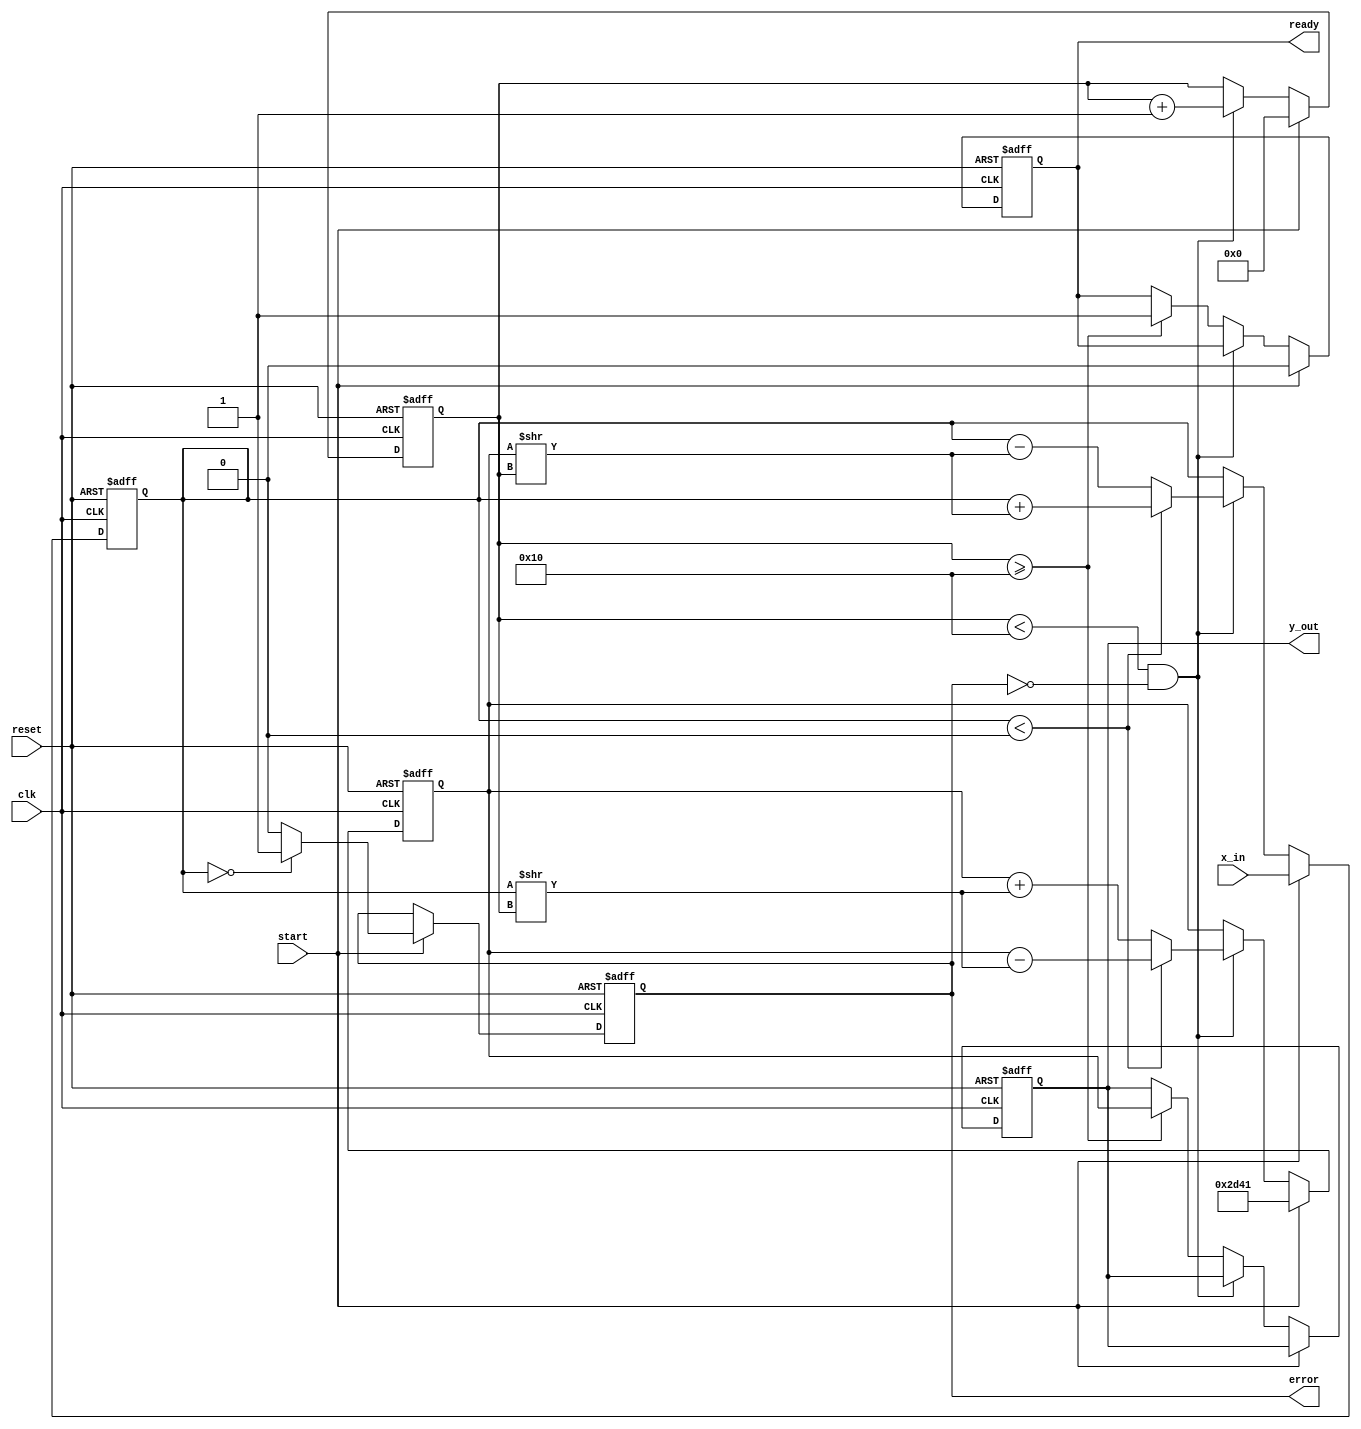
module cordic_reciprocal (
    input wire clk,                // Clock signal
    input wire reset,              // Reset signal
    input wire start,              // Start signal for operation
    input wire [15:0] x_in,        // Input value (fixed-point format)
    output reg [15:0] y_out,       // Resulting reciprocal (fixed-point format)
    output reg ready,              // Output valid signal
    output reg error               // Error signal
);

    // CORDIC parameters
    parameter N_ITER = 16;         // Number of iterations
    parameter [15:0] K = 16'h2D41;  // Constant for normalization (approx 0.607)
    reg [15:0] x, y;                // CORDIC internal variables
    reg [3:0] i;                    // Iteration counter
    reg [15:0] angle [0:N_ITER-1];  // Predefined angles
    reg [15:0] arctan_values [0:N_ITER-1]; // Precomputed arctan values

    initial begin
        // Precompute arctan values for CORDIC
        angle[0]  = 16'h0000; // arctan(1) = 0
        angle[1]  = 16'h20C9; // arctan(0.5) = 26.565 degrees
        angle[2]  = 16'h199A; // arctan(0.3333) = 18.434 degrees
        angle[3]  = 16'h13B4; // arctan(0.25) = 14.036 degrees
        angle[4]  = 16'h0F8D; // arctan(0.2) = 11.536 degrees
        angle[5]  = 16'h0FCC; // arctan(0.1666) = 9.462 degrees
        angle[6]  = 16'h0A3D; // arctan(0.1428) = 8.130 degrees
        angle[7]  = 16'h05A8; // arctan(0.125) = 7.125 degrees
        angle[8]  = 16'h0284; // arctan(0.1111) = 5.710 degrees
        // Continue defining for the required N_ITER
        // ...
        
        error = 0;
        ready = 0;
        y_out = 0;
    end

    always @(posedge clk or posedge reset) begin
        if (reset) begin
            x <= 0;
            y <= 0;
            i <= 0;
            ready <= 0;
            error <= 0;
            y_out <= 0;
        end else if (start) begin
            // Initialize x and y for CORDIC calculations
            x <= x_in;  // Input value (normalized in [0, 1])
            y <= K;     // Initial guess, should be normalized; K is the constant
            i <= 0;
            ready <= 0;
            error <= (x == 0) ? 1 : 0; // Check for division by zero
        end else if (i < N_ITER && !error) begin
            // Perform CORDIC iterations
            if (x < 0) begin
                x <= x + (y >> i);
                y <= y - (x >> i);
            end else begin
                x <= x - (y >> i);
                y <= y + (x >> i);
            end
            i <= i + 1;
        end else if (i >= N_ITER) begin
            // Final result after iterations
            y_out <= y;
            ready <= 1; // Indicate output is ready
        end
    end
endmodule